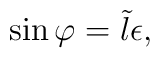
\sin\varphi = \tilde l\epsilon,